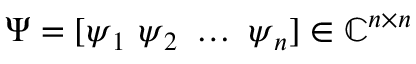
\b { \Psi } = [ \b { \psi } _ { 1 } \ \b { \psi } _ { 2 } \ \dotsc \ \b { \psi } _ { n } ] \in \mathbb { C } ^ { n \times n }